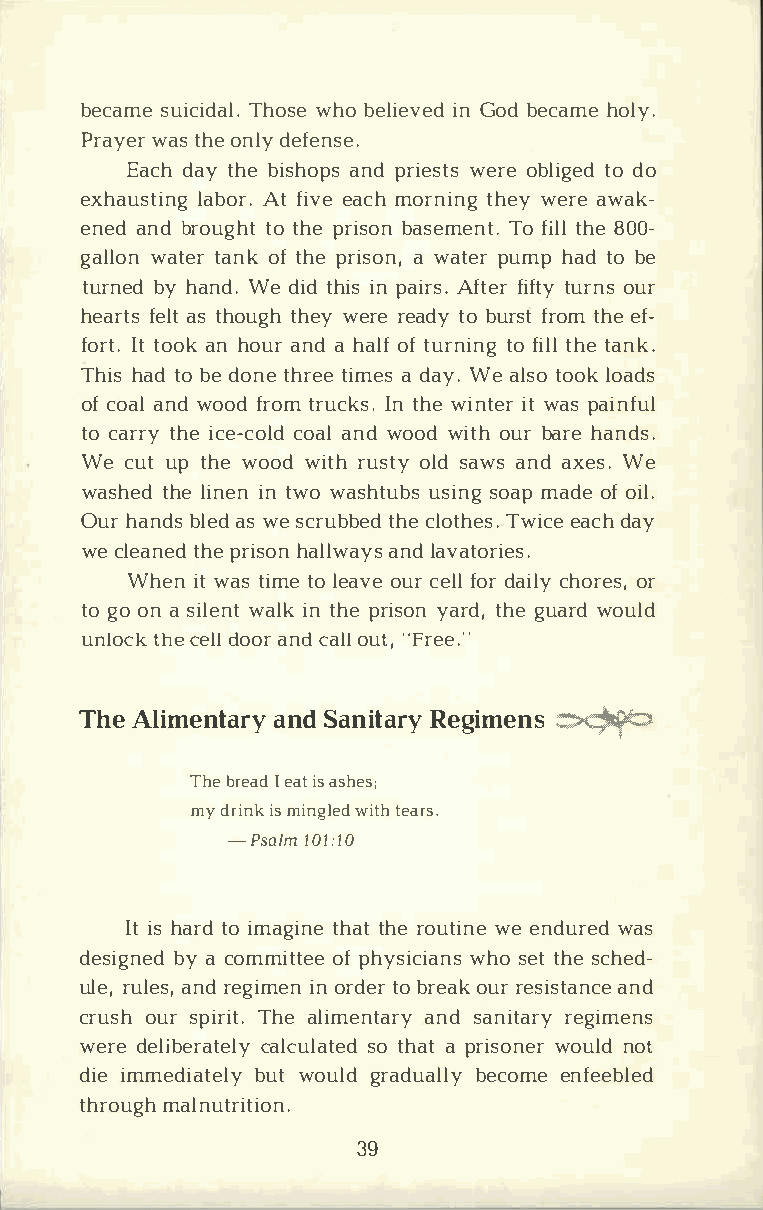
becasmuei ciTdhaolsw.eh ob elieivnG eoddb ecahmoel y.
 Praywearts h oen ldye fense.
 Eacdha yt hbei shaonpdps r iewsetroseb litgode od
 exhausltaibnAogtrf .i veea cmho rningw etrhaeew yak ­
 eneadn db routgoht thp er isboans emTeonf tit.lh l8e 0 0-
 gallwoant tearn okft hper isaow na,t peurm hpa dt ob e
 turnbeyhd a nWde.d itdh iinsp aiArfst.fe irft tuyro nusr
 hearfteasls tt hough they towbe urres tr tehfeaerfd o­ym
 forIttt. o oaknh ouarn dah alofft urntiofn igtl hlte a nk.
 Thihsa tdo b ed onteh rteiem aed sa yW.e a lstoo olko ads
 ofc oaaln wdo ofdr otmr ucIknts h.we i ntiewtra sp ainful
 toc artrhye ice-acnodwl odo wdci otoahul br a rhea nds.
 We cuutp t hweo owdi trhu sotlysd a wasn da xeWse.
 washtehdle i nientn w o wasuhstiusnbogsa m pa doefo il.
 Ourh anbdlse adsw es crubtbhceeld o tThweisec.ae c dha y
 wec leatnhepedr ishoanl lwaanyldsa vatories.
 Wheniw ta st imteol eaovuecr e floldr a iclhyo roers ,
 tog oo na s ilweanltik nt hper isont hygeau radwr,od u ld
 unlotchckee dloloa rn cda olult" ,F ree."
 TheA limenatnaSdra yn itRaergyi m�e ns
 Theb reIae da itsa shes;
 myd riinsmk i nglweidtt he ars.
 -Psal1m0 1:10
 Iits h artdoi magtihnateth r eo utwiene en duwraesd
 desigbnyae c do mmiotftp ehey sicwihaosn etsth sec hed­
 ulreu,l aensrd,e giimneo nr dteobr r eoaukrr e sisatnadn ce
 cruosuhrs pirTihtea. l imenatnadsr ayn itraergyi mens
 werdee libecraaltceulslyoat theaadtp risownoeurln do t
 diiem mediabtuewtlo yu lgdr adubaelcloyem nef eebled
 thromuaglhn utrition.
 39